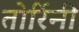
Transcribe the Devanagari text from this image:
तोर्रिनी